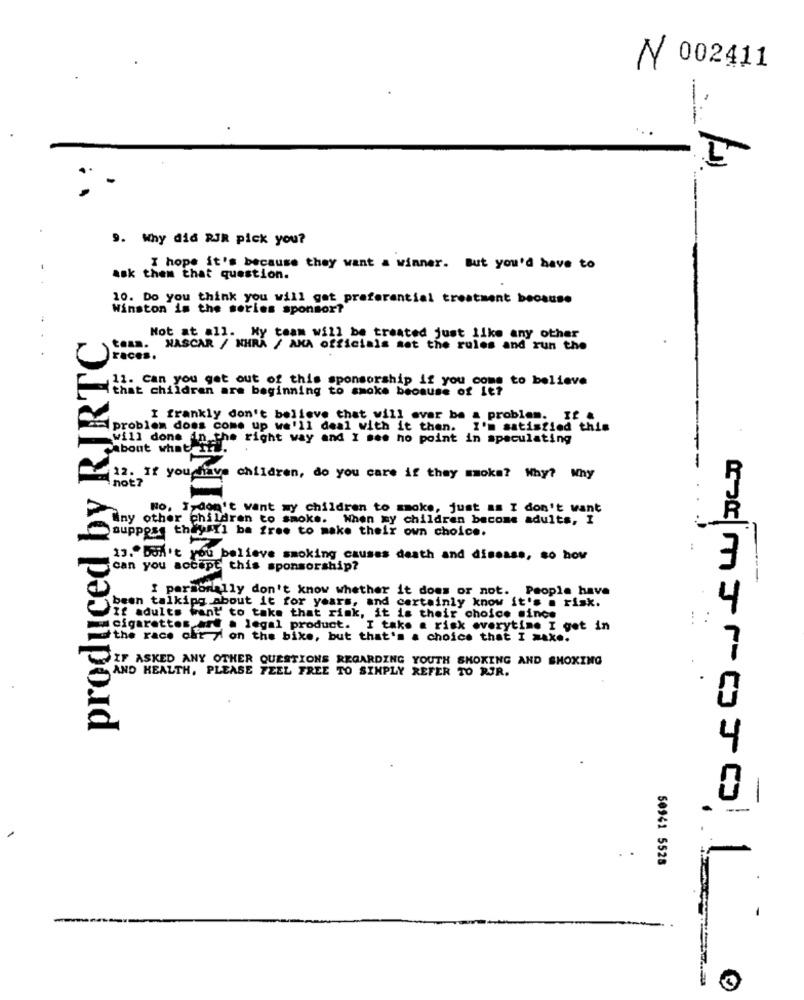
N 002411
----
9. Why did RJR pick you?
I hope it's because they want a winner. But you'd have to
ask them that question.
10. Do you think you will get preferential treatment because
Winston is the series sponsor?
produced by RJRTC
Not at all. My team will be treated just like any other
13. NASCAR / NHRA / AMA officials set the rules and run the
races.
11. can you get out of this sponsorship if you come to believe
that children are beginning to smoke because of It?
I frankly don't believe that will ever be a problem. If &
problem doss come up we'll deal with it then. I'm satisfied this
will done in the right way and I see ho point in speculating
about what Ifi.
not?
12. If you have children, do you care if they smoke? Why? Why
No, I don't want my children to smoke, just as I don't want
iny other children to smoke. When my children become adults, I
Ř
suppose theysrl ba free to make their own choice.
19." Don't you believe smoking causes death and disease, so how
can you accept this sponsorship?
I personally don't know whether it does or not. People have
been talking about it for years, and certainly know it's
M it's . risk.
4
If adults want to take that rink, it is their choice since
cigarettes art a legal product. I take a risk everytime I got in
the race car yl on the bike, but that's a choice that I maxe.
7
IF ASKED ANY OTHER QUESTIONS REGARDING YOUTH SMOKING AND SMOKING
AND HEALTH, PLEASE FEEL FREE TO SIMPLY REFER TO RJR.
4
-
-
50941 5528